Report on sanitation, dispensaries, and jails in Rajputana for 1914, and on vaccination for the year 1914-1915 - 1914-1915
Year: 1914
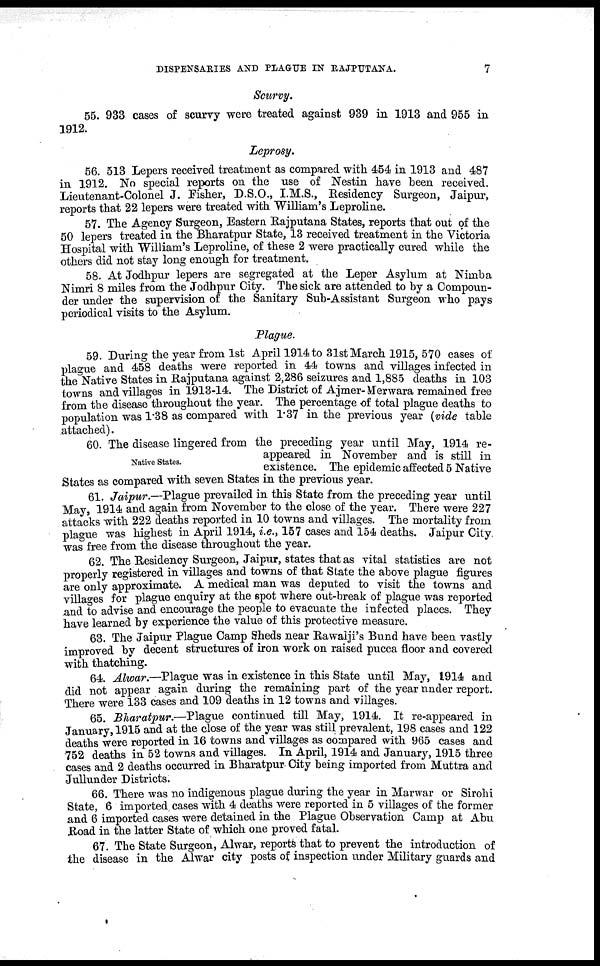
DISPENSARIES AND PLAGUE IN RAJPUTANA.
7
Scurvy.
55. 933 cases of scurvy were treated against 939 in 1913 and 955 in
1912.
Leprosy.
56. 513 Lepers received treatment as compared with 454 in 1913 and 487
in 1912. No special reports on the use of Nestin have been received.
Lieutenant-Colonel J. Fisher, D.S.O., I.M.S., Residency Surgeon, Jaipur,
reports that 22 lepers were treated with William's Leproline.
57. The Agency Surgeon, Eastern Rajputana States, reports that out of the
50 lepers treated in the Bharatpur State, 13 received treatment in the Victoria
Hospital with William's Leproline, of these 2 were practically cured while the
others did not stay long enough for treatment.
58. At Jodhpur lepers are segregated at the Leper Asylum at Nimba
Nimri 8 miles from the Jodhpur City. The sick are attended to by a Compoun¬
der under the supervision of the Sanitary Sub-Assistant Surgeon who pays
periodical visits to the Asylum.
Plague.
59. During the year from 1st April 1914 to 31st March 1915, 570 cases of
plague and 458 deaths were reported in 44 towns and villages infected in
the Native States in Rajputana against 2,286 seizures and 1,885 deaths in 103
towns and villages in 1913-14. The District of Ajmer- Merwara remained free
from the disease throughout the year. The percentage of total plague deaths to
population was 1.38 as compared with 1.37 in the previous year (vide table
attached).
Native States.
60. The disease lingered from the preceding year until May, 1914 re-
appeared in November and is still in
existence. The epidemic affected 5 Native
States as compared with seven States in the previous year.
61. Jaipur.—Plague prevailed in this State from the preceding year until
May, 1914 and again from November to the close of the year. There were 227
attacks with 222 deaths reported in 10 towns and villages. The mortality from
plague was highest in April 1914, i.e., 157 cases and 154 deaths. Jaipur City
was free from the disease throughout the year.
62. The Residency Surgeon, Jaipur, states that as vital statistics are not
properly registered in villages and towns of that State the above plague figures
are only approximate. A medical man was deputed to visit the towns and
villages for plague enquiry at the spot where out-break of plague was reported
and to advise and encourage the people to evacuate the infected places. They
have learned by experience the value of this protective measure.
63. The Jaipur Plague Camp Sheds near Rawaiji's Bund have been vastly
improved by decent structures of iron work on raised pucca floor and covered
with thatching.
64. Alwar.—Plague was in existence in this State until May, 1914 and
did not appear again during the remaining part of the year under report.
There were 133 cases and 109 deaths in 12 towns and villages.
65. Bharatpur.—Plague
continued till May, 1914. It re-appeared in
January, 1915 and at the close of the year was still prevalent, 198 cases and 122
deaths were reported in 16 towns and villages as compared with 965 cases and
752 deaths in 52 towns and villages. In April, 1914 and January, 1915 three
cases and 2 deaths occurred in Bharatpur City being imported from Muttra and
Jullunder Districts.
66. There was no indigenous plague during the year in Marwar or Sirohi
State, 6 imported cases with 4 deaths were reported in 5 villages of the former
and 6 imported cases were detained in the Plague Observation Camp at Abu
Road in the latter State of which one proved fatal.
67. The State Surgeon, Alwar, reports that to prevent the introduction of
the disease in the Alwar city posts of inspection under Military guards and